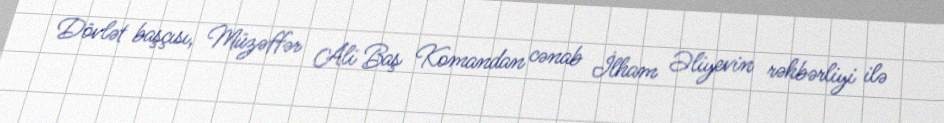
Dövlət başçısı, Müzəffər Ali Baş Komandan cənab İlham Əliyevin rəhbərliyi ilə